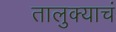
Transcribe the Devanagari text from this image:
तालुक्याचं